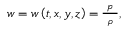
\begin{array} { r } { w = w \left( t , x , y , z \right) = \frac { ~ p ~ } { \rho } , } \end{array}